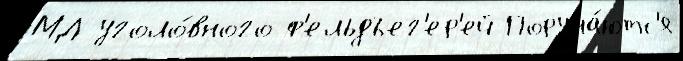
МД уголо́вного ф'ельдъег'ер'ей Поруча́ютс'я